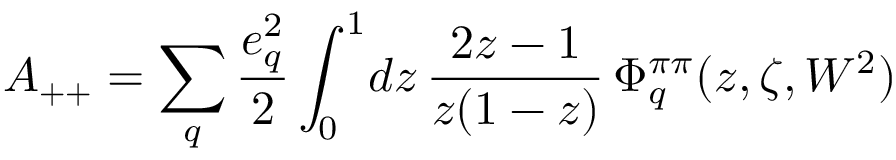
A _ { + + } = \sum _ { q } \frac { e _ { q } ^ { 2 } } { 2 } \int _ { 0 } ^ { 1 } \! d z \, { \frac { 2 z - 1 } { z ( 1 - z ) } } \, \Phi _ { q } ^ { \pi \pi } ( z , \zeta , W ^ { 2 } )